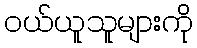
ဝယ်ယူသူများကို